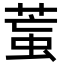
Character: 𦳶